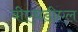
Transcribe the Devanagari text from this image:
वीएचडीएल